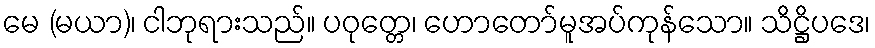
မေ (မယာ)၊ ငါဘုရားသည်။ ပဝုတ္တေ၊ ဟောတော်မူအပ်ကုန်သော။ သိဋ္ဌိပဒေ၊